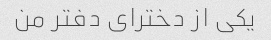
یکی از دخترای دفتر من